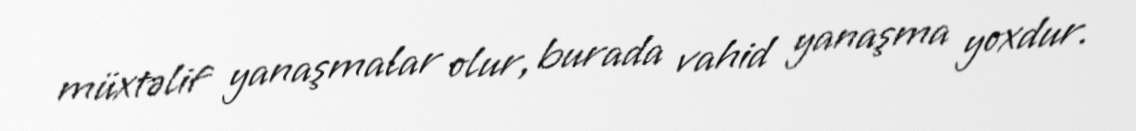
müxtəlif yanaşmalar olur, burada vahid yanaşma yoxdur.